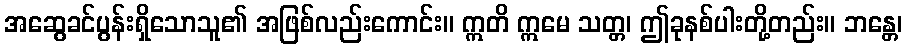
အဆွေခင်ပွန်းရှိသောသူ၏ အဖြစ်လည်းကောင်း။ ဣတိ ဣမေ သတ္တ၊ ဤခုနစ်ပါးတို့တည်း။ ဘန္တေ၊